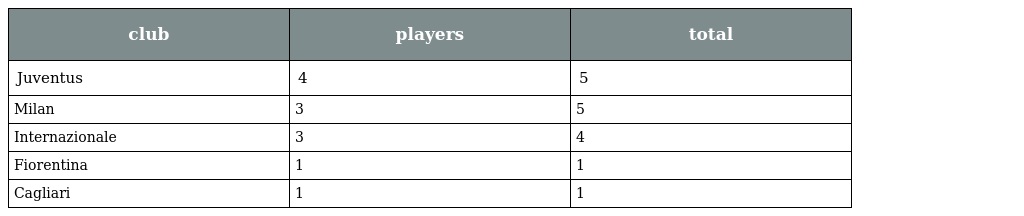
| club | players | total |
 | --- | --- | --- |
 | Juventus | 4 | 5 |
 | Milan | 3 | 5 |
 | Internazionale | 3 | 4 |
 | Fiorentina | 1 | 1 |
 | Cagliari | 1 | 1 |